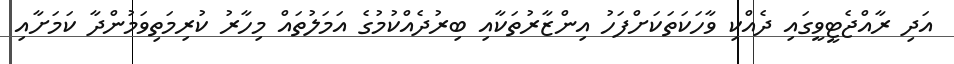
އަދި ރާއްޖެޓީވީގައި ދެއްކި ވާހަކަތަކަށްފަހު އިންޒާރުތަކާއި ބިރުދެއްކުމުގެ އަމަލުތައް މިހާރު ކުރިމަތިވަމުންދާ ކަމަށާއި